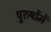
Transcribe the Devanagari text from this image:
पुरुषोंमें